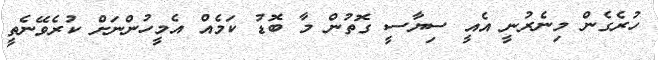
ހުރެގެން މިނެރުނީ އެއީ ސިޔާސީ ގޮތުން މާ ބޮޑު ކަމެއް އެމީހުންނަށް ކުރެވޭނެތީ